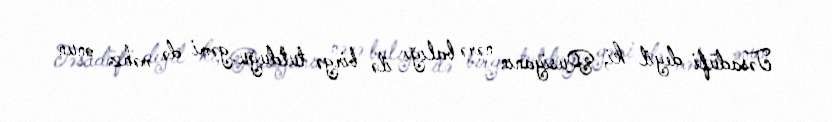
Təsadüfi deyil ki, Rusiyanın nərə balığı ilə birgə tutduğu gəmi də məhz onun